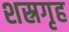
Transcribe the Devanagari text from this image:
शस्रगृह